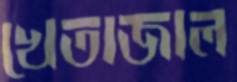
খেতাজাল